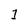
Character: I